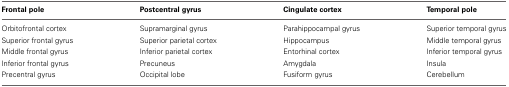
<table><thead><tr><td><b>Frontal pole</b></td><td><b>Postcentral gyrus</b></td><td><b>Cingulate cortex</b></td><td><b>Temporal pole</b></td></tr></thead><tbody><tr><td>Orbitofrontal cortex</td><td>Supramarginal gyrus</td><td>Parahippocampal gyrus</td><td>Superior temporal gyrus</td></tr><tr><td>Superior frontal gyrus</td><td>Superior parietal cortex</td><td>Hippocampus</td><td>Middle temporal gyrus</td></tr><tr><td>Middle frontal gyrus</td><td>Inferior parietal cortex</td><td>Entorhinal cortex</td><td>Inferior temporal gyrus</td></tr><tr><td>Inferior frontal gyrus</td><td>Precuneus</td><td>Amygdala</td><td>Insula</td></tr><tr><td>Precentral gyrus</td><td>Occipital lobe</td><td>Fusiform gyrus</td><td>Cerebellum</td></tr></tbody></table>